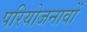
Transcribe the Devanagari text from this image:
परियोजनावों